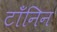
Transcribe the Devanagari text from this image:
टॉंनिन